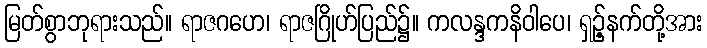
မြတ်စွာဘုရားသည်။ ရာဇဂဟေ၊ ရာဇဂြိုဟ်ပြည်၌။ ကလန္ဒကနိဝါပေ၊ ရှဉ့်နက်တို့အား